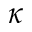
\kappa